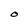
Character: O